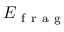
E _ { \mathrm { ~ f ~ r ~ a ~ g ~ } }